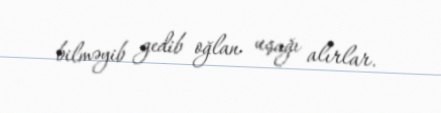
bilməyib gedib oğlan uşağı alırlar.